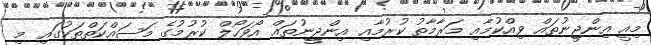
މިއީ އިންޖީނުތައް ވިއްކުމާއި މަރާމާތު ކުރުމާއި އިންޖީނުތައް އޯވަހޯލް ކުރުމުގެ މަސައްކަތްތަކުގައި މި